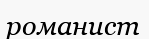
романист